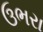
ઉભરા